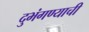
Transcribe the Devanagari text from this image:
दुभंगण्याची